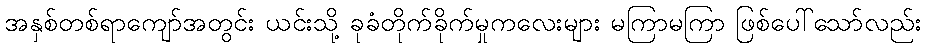
အနှစ်တစ်ရာကျော်အတွင်း ယင်းသို့ ခုခံတိုက်ခိုက်မှုကလေးများ မကြာမကြာ ဖြစ်ပေါ်သော်လည်း